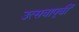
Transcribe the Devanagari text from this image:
उत्सवापूर्वी